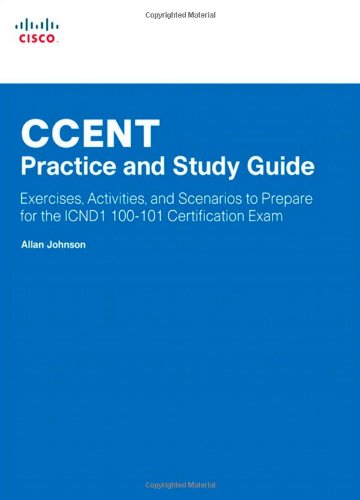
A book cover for CCENT Practice and Study Guide: Exercises, Activities and Scenarios to Prepare for the ICND1 100-101 Certification Exam (Lab Companion); Allan Johnson; Computers & Technology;